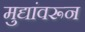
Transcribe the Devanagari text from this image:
मुद्यांवरून